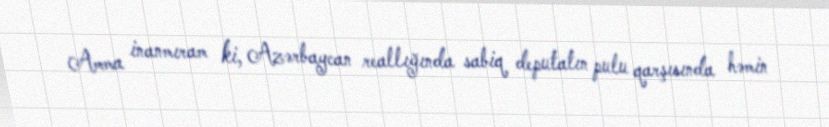
Amma inanmıram ki, Azərbaycan reallığında sabiq deputatın pulu qarşısında həmin